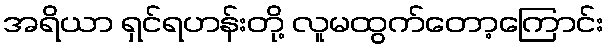
အရိယာ ရှင်ရဟန်းတို့ လူမထွက်တော့ကြောင်း